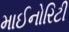
માઈનોરિટી